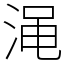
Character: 渑